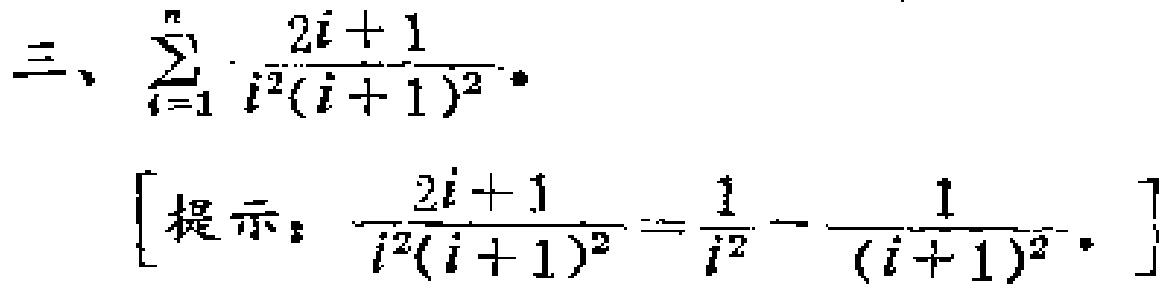
三、$\sum_{i = 1}^{n} \frac{2i + 1}{i^{2}(i + 1)^{2}}$。
[提示：$\frac{2i + 1}{i^{2}(i + 1)^{2}}=\frac{1}{i^{2}}-\frac{1}{(i + 1)^{2}}$。]